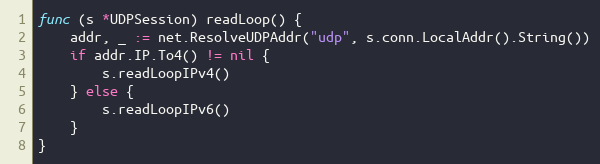
Language: Go
func (s *UDPSession) readLoop() {
	addr, _ := net.ResolveUDPAddr("udp", s.conn.LocalAddr().String())
	if addr.IP.To4() != nil {
		s.readLoopIPv4()
	} else {
		s.readLoopIPv6()
	}
}